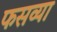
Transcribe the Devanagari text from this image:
फसव्या